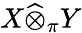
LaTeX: X{\widehat{\otimes}}_{\pi}Y